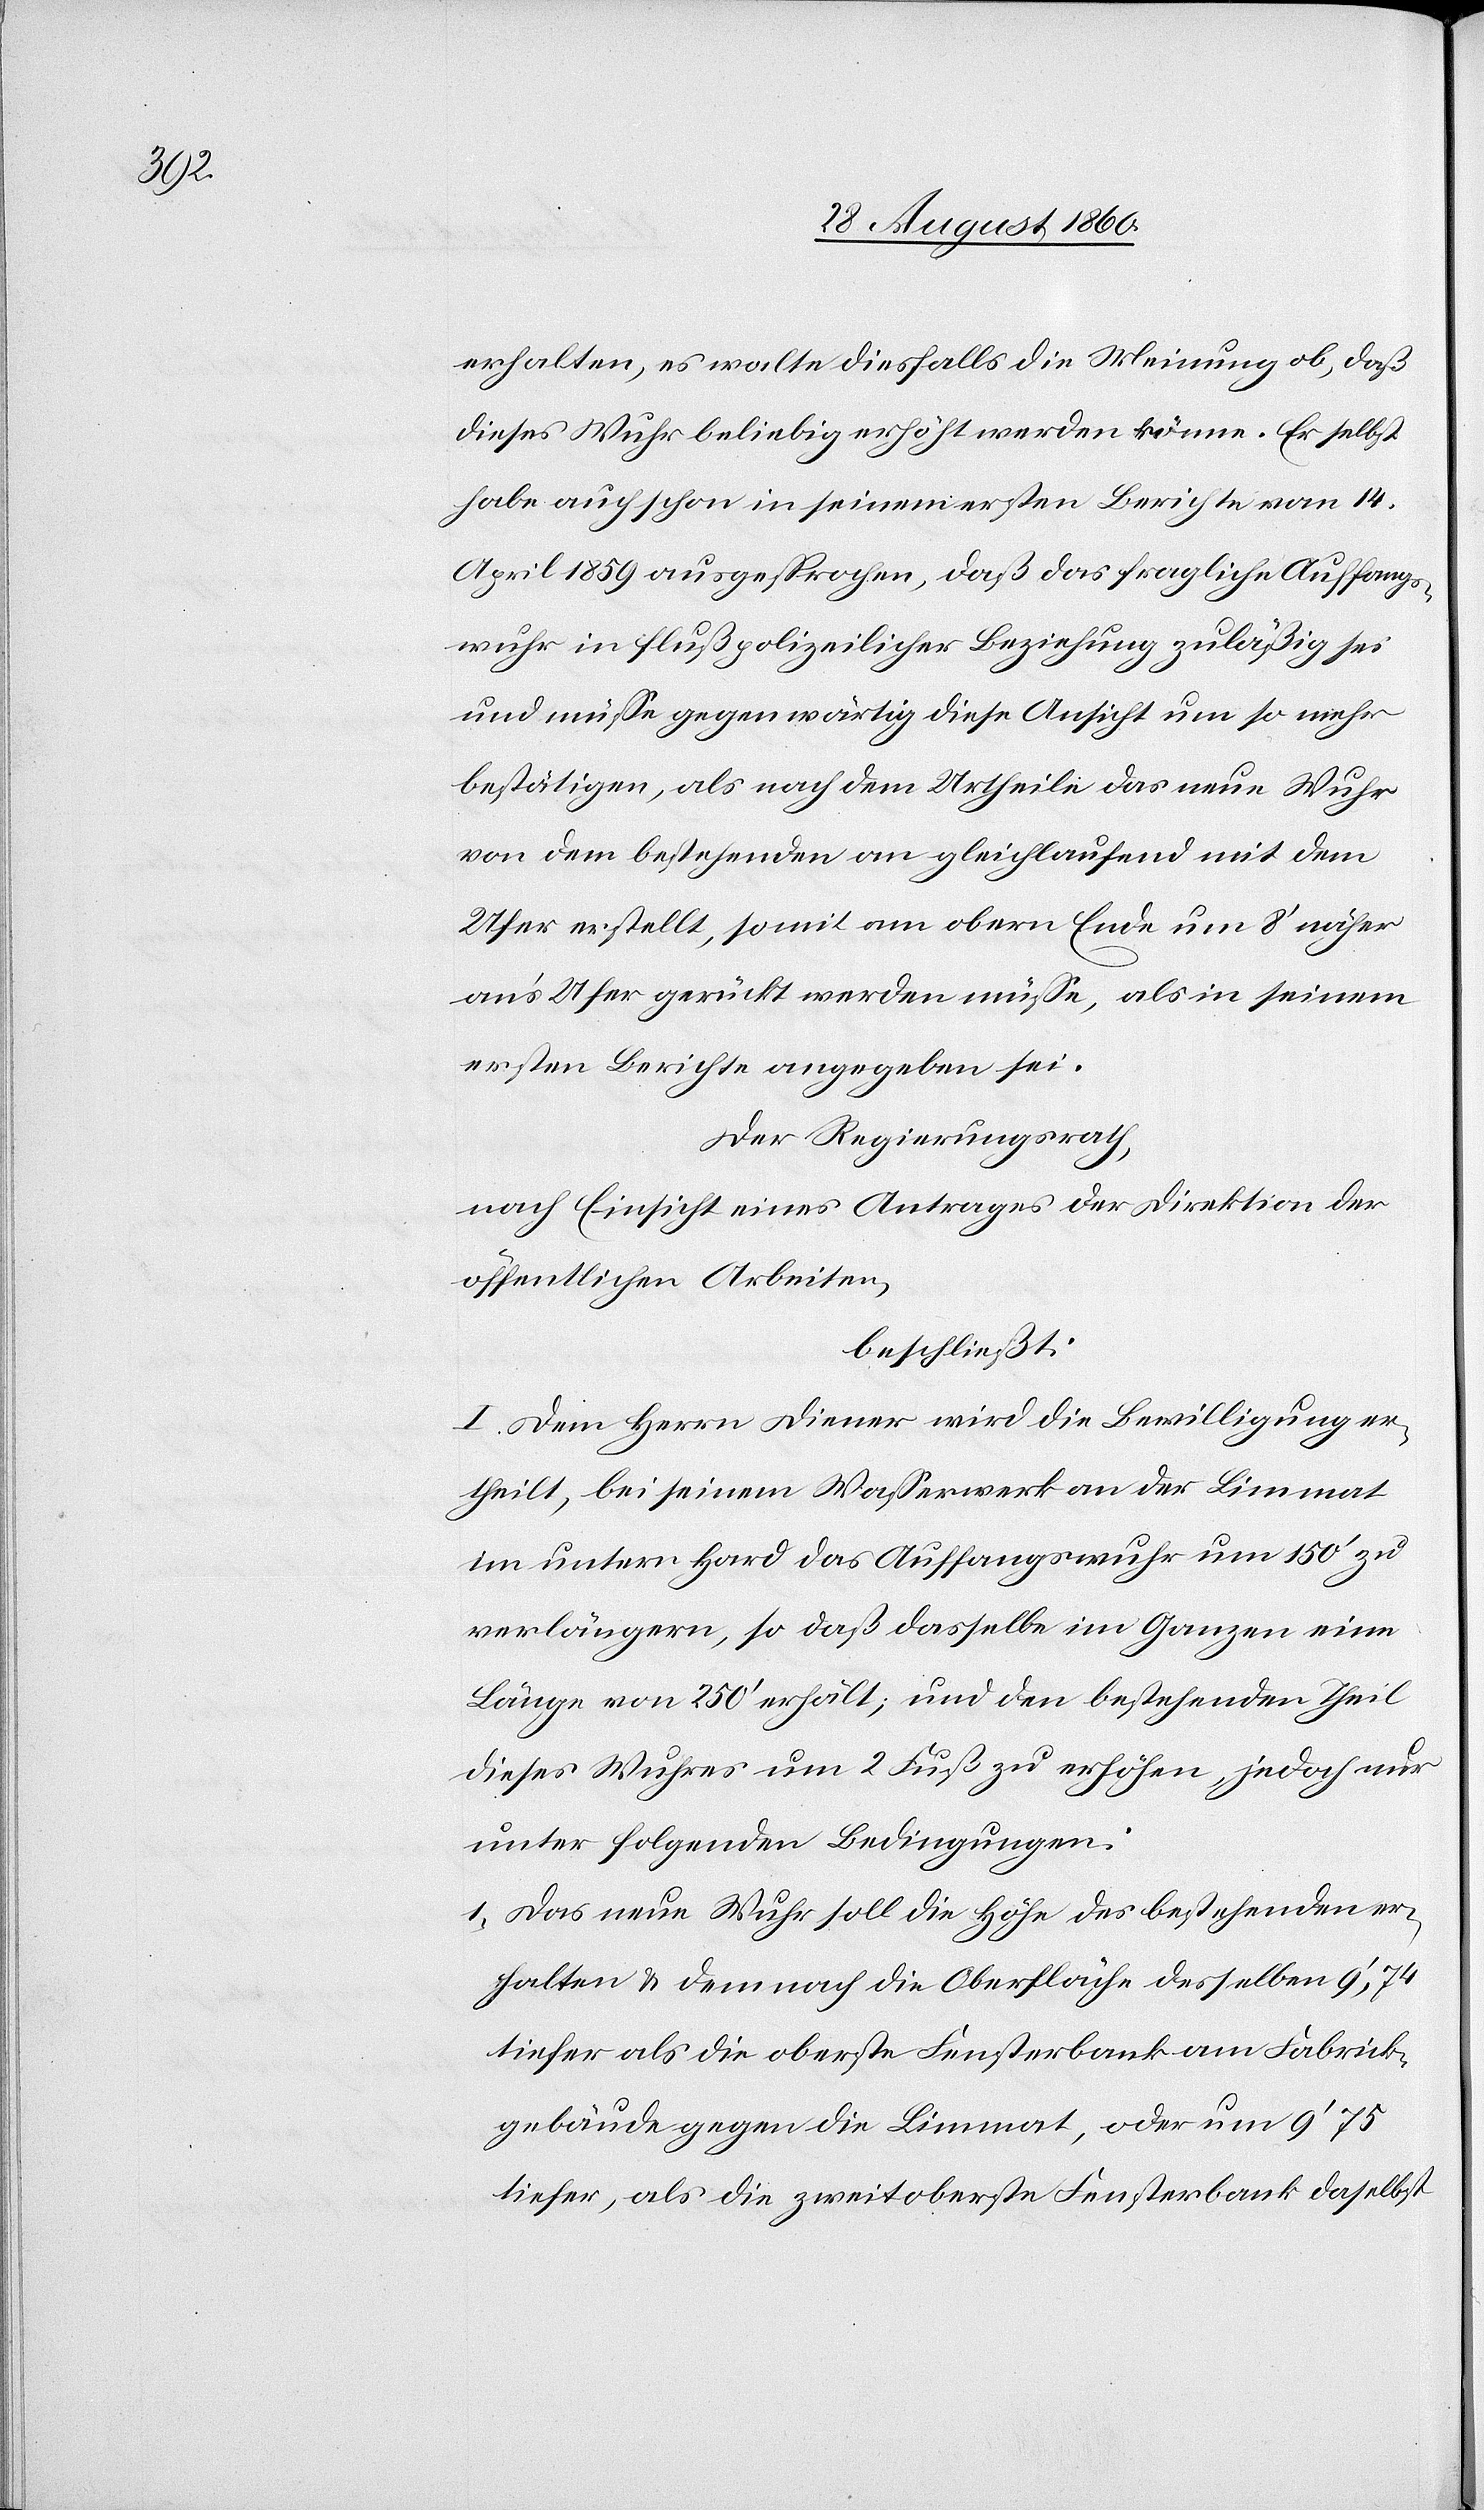
erhalten, es walte diesfall die Meinung ob, dass
dieses Wuhr beliebig erhöht werden könne. Er selbst
habe auch schon in seinem ersten Beichte vom 14.
April 1859 ausgesprochen, dass das fragliche Auffangs¬
wuhr in flusspolizeilicher Beziehung zulässig sei,
und müsse gegenwärtig diese Ansicht um so mehr
bestätigen, als nach dem Urtheile das neue Wuhr
von dem bestehenden an gleichlaufend mit dem
Ufer erstellt, somit am obern Ende um 8’ näher
ans Ufer gerückt werden müsse, als in seinem
ersten Berichte angegeben sei.
Der Regierungsrath,
nach Einsicht eines Antrages der Direktion der
öffentlichen Arbeiten,
beschliesst:
I. Dem Herrn Diener wird die Bewilligung er¬
theilt, bei seinem Wasserwerk an der Limmat
im untern Hard das Auffangwuhr um 150’ zu
verlängern, so dass dasselbe im Ganzen eine
Länge von 250 Fuss erhält; und den bestehenden Theil
dieses Wuhres um 2 Fuss zu erhöhen, jedoch nur
unter folgenden Bedingungen:
1) Das neue Wuhr soll die Höhe des bestehenden er¬
halten u. demnach die Oberfläche desselben 2’ 74
tiefer als die oberste Fensterbank am Fabrik¬
gebäude gegen der Limmat oder um 9’ 75
tiefer, als die zweitoberste Fensterbank daselbst